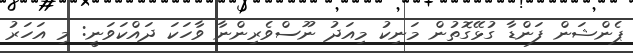
ޕެންޝަން ފަންޑާ ގުޅޭގޮތުން މަނިކު މިއަދު ނޫސްވެރިންނާ ވާހަކަ ދައްކަވަނީ: މި އަހަރު